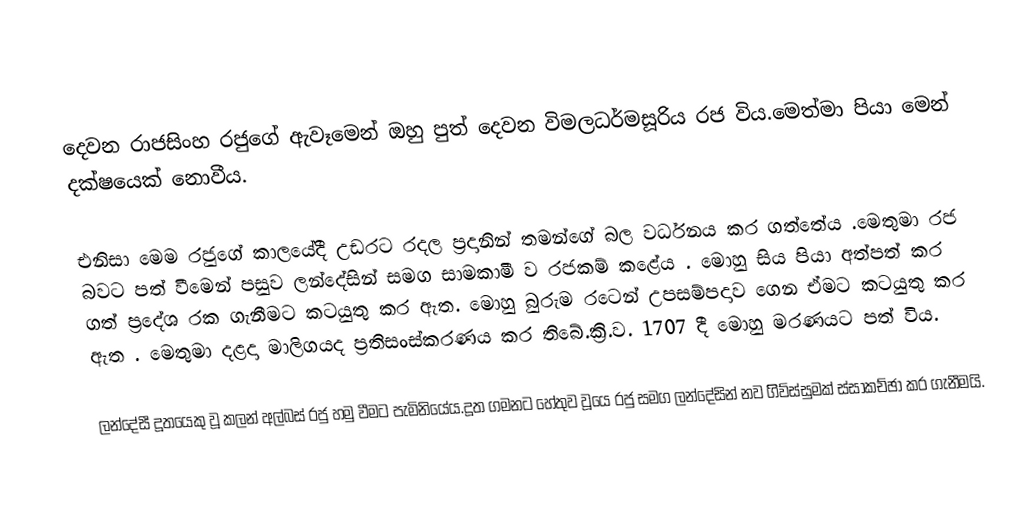
දෙවන රාජසිංහ රජුගේ ඇවෑමෙන් ඔහු පුත් දෙවන විමලධර්මසූරිය රජ විය.මෙත්මා පියා මෙන් දක්ෂයෙක් නොවීය.

එනිසා මෙම රජුගේ කාලයේදී උඩරට රදල ප්‍රදානින් තමන්ගේ බල වර්ධනය කර ගත්තේය .මෙතුමා රජ බවට පත් වීමෙන් පසුව ලන්දේසින් සමග සාමකාමී ව රජකම් කළේය . මොහු සිය පියා අත්පත් කර ගත් ප්‍රදේශ රක ගැනීමට කටයුතු කර ඇත. මොහු බුරුම රටෙන් උපසම්පදාව ගෙන ඒමට කටයුතු කර ඇත . මෙතුමා දළදා මාලිගයද ප්‍රතිසංස්කරණය කර තිබේ.ක්‍රි.ව. 1707 දී මොහු මරණයට පත් විය.

ලන්දේසී දූතයෙකු වූ කලන් අල්බස් රජු හමු වීමට පැමිනියේය.දූත ගමනට හේතුව වූයෙ රජු සමග ලන්දේසින් නව ගිිව්ස්සුමක් ස්සාකච්ඡා කර ගැනීමයි.